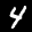
Label: 4